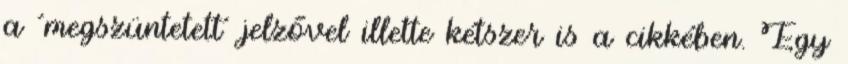
a ´megszüntetett´ jelzővel illette kétszer is a cikkében. Egy